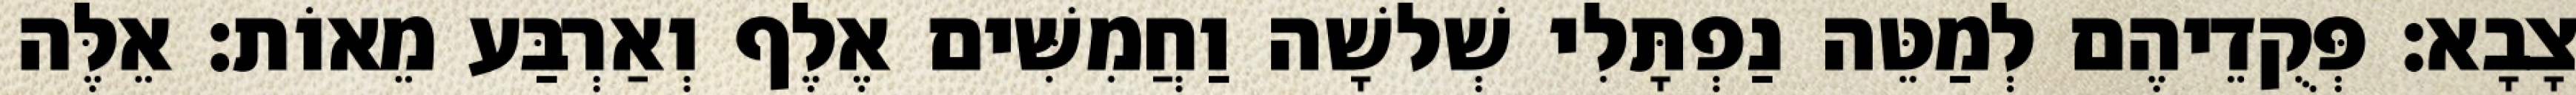
צָבָא׃ פְּקֻדֵיהֶם לְמַטֵּה נַפְתָּלִי שְׁלשָׁה וַחֲמִשִּׁים אֶלֶף וְאַרְבַּע מֵאוֹת׃ אֵלֶּה